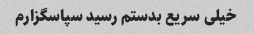
خیلی سریع بدستم رسید سپاسگزارم